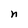
Character: n